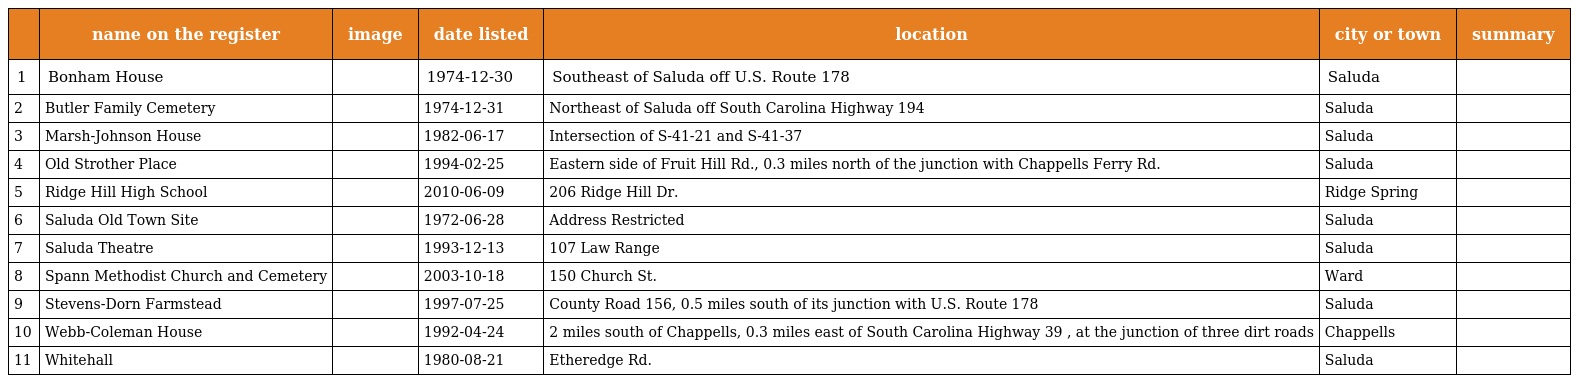
|  | name on the register | image | date listed | location | city or town | summary |
 | --- | --- | --- | --- | --- | --- | --- |
 | 1 | Bonham House |  | 1974-12-30 | Southeast of Saluda off U.S. Route 178 | Saluda |  |
 | 2 | Butler Family Cemetery |  | 1974-12-31 | Northeast of Saluda off South Carolina Highway 194 | Saluda |  |
 | 3 | Marsh-Johnson House |  | 1982-06-17 | Intersection of S-41-21 and S-41-37 | Saluda |  |
 | 4 | Old Strother Place |  | 1994-02-25 | Eastern side of Fruit Hill Rd., 0.3 miles north of the junction with Chappells Ferry Rd. | Saluda |  |
 | 5 | Ridge Hill High School |  | 2010-06-09 | 206 Ridge Hill Dr. | Ridge Spring |  |
 | 6 | Saluda Old Town Site |  | 1972-06-28 | Address Restricted | Saluda |  |
 | 7 | Saluda Theatre |  | 1993-12-13 | 107 Law Range | Saluda |  |
 | 8 | Spann Methodist Church and Cemetery |  | 2003-10-18 | 150 Church St. | Ward |  |
 | 9 | Stevens-Dorn Farmstead |  | 1997-07-25 | County Road 156, 0.5 miles south of its junction with U.S. Route 178 | Saluda |  |
 | 10 | Webb-Coleman House |  | 1992-04-24 | 2 miles south of Chappells, 0.3 miles east of South Carolina Highway 39 , at the junction of three dirt roads | Chappells |  |
 | 11 | Whitehall |  | 1980-08-21 | Etheredge Rd. | Saluda |  |